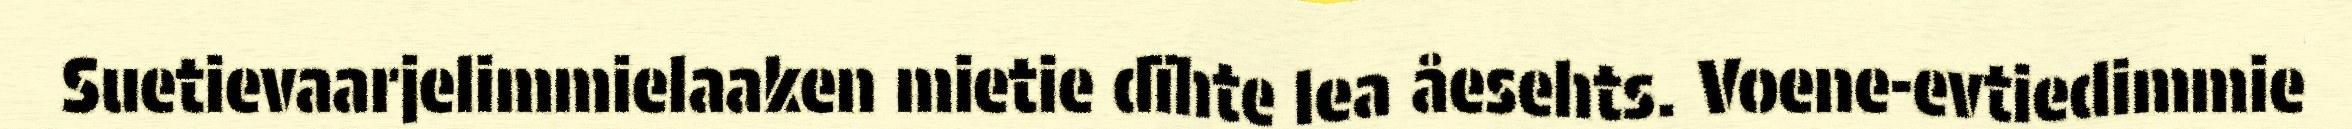
Suetievaarjelimmielaaken mietie dïhte lea åesehts. Voene-evtiedimmie